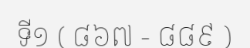
ទី១ ( ៨៦៧ - ៨៨៩ )